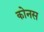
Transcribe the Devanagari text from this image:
कोनस